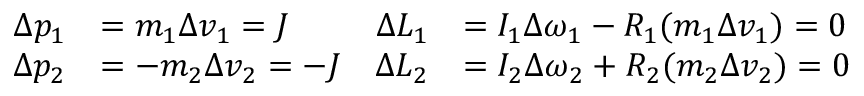
\begin{array} { r l r l } { \Delta p _ { 1 } } & { = m _ { 1 } \Delta v _ { 1 } = J } & { \Delta L _ { 1 } } & { = I _ { 1 } \Delta \omega _ { 1 } - R _ { 1 } ( m _ { 1 } \Delta v _ { 1 } ) = 0 } \\ { \Delta p _ { 2 } } & { = - m _ { 2 } \Delta v _ { 2 } = - J } & { \Delta L _ { 2 } } & { = I _ { 2 } \Delta \omega _ { 2 } + R _ { 2 } ( m _ { 2 } \Delta v _ { 2 } ) = 0 } \end{array}